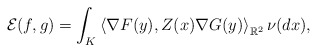
\begin{align*}\mathcal{E}(f,g)=\int_K\left\langle \nabla F(y), Z(x)\nabla G(y)\right\rangle_{\mathbb{R}^2} \nu(dx),\end{align*}